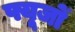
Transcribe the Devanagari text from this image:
फ्यूजों